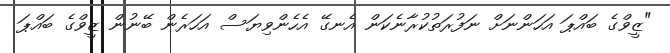
"ޒީވްގެ ބައްޕަ އަހަންނަށް ނަފުރަތުކުރާނެކަން އެނގޭ އެހެންވިޔަސް އަހަރެން ބޭނުން ޒީވްގެ ބައްޕަ